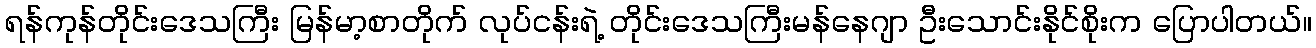
ရန်ကုန်တိုင်းဒေသကြီး မြန်မာ့စာတိုက် လုပ်ငန်းရဲ့ တိုင်းဒေသကြီးမန်နေဂျာ ဦးသောင်းနိုင်စိုးက ပြောပါတယ်။